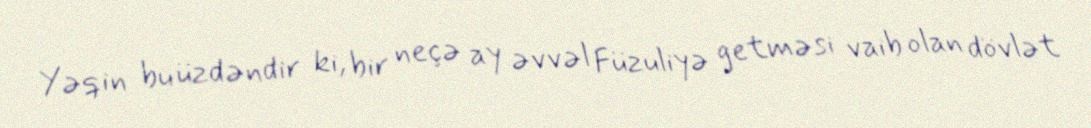
Yəqin bu üzdəndir ki, bir neçə ay əvvəl Füzuliyə getməsi vaib olan dövlət